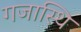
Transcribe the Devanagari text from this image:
गजास्थि